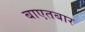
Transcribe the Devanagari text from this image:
बाएतबार